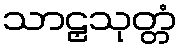
သာဠှသုတ္တံ